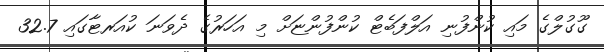
ގޫގުލްގެ މައި ކުންފުނި އަލްފަބެޓް ކުންފުންޏަށް މި އަހަރުގެ ދެވަނަ ކުއަރޓާގައި 32.7